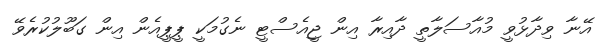
އޭނާ ވިދާޅުވީ މުއާސަލާތީ ދާއިރާ އިން ޖީއެސްޓީ ނެގުމަކީ ޕީޕީއެން އިން ގަބޫލުކުރެވޭ